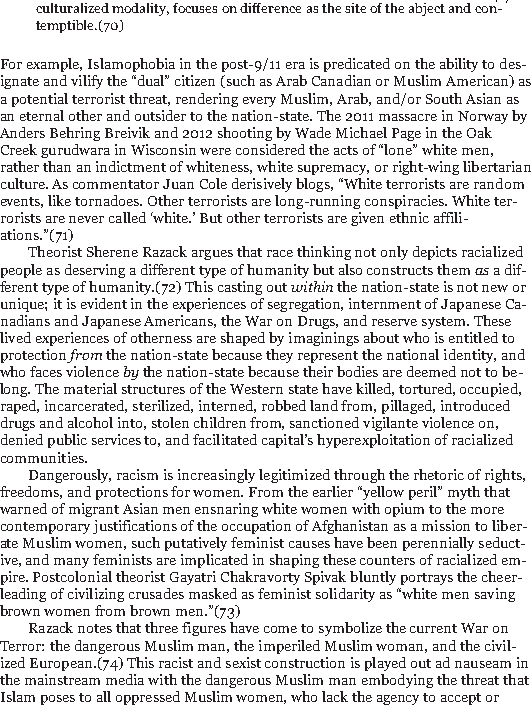
42/186
 culturalized modality, focuses on difference as the site of the abject and con-
 temptible.(70)
 For example, Islamophobia in the post-9/11 era is predicated on the ability to des-
 ignate and vilify the “dual” citizen (such as Arab Canadian or Muslim American) as
 a potential terrorist threat, rendering every Muslim, Arab, and/or South Asian as
 an eternal other and outsider to the nation-state. The 2011 massacre in Norway by
 Anders Behring Breivik and 2012 shooting by Wade Michael Page in the Oak
 Creek gurudwara in Wisconsin were considered the acts of “lone” white men,
 rather than an indictment of whiteness, white supremacy, or right-wing libertarian
 culture. As commentator Juan Cole derisively blogs, “White terrorists are random
 events, like tornadoes. Other terrorists are long-running conspiracies. White ter-
 rorists are never called ‘white.’ But other terrorists are given ethnic affili-
 ations.”(71)
 Theorist Sherene Razack argues that race thinking not only depicts racialized
 people as deserving a different type of humanity but also constructs themasa dif-
 ferent type of humanity.(72) This casting outwithinthe nation-state is not new or
 unique; it is evident in the experiences of segregation, internment of Japanese Ca-
 nadians and Japanese Americans, the War on Drugs, and reserve system. These
 lived experiences of otherness are shaped by imaginings about who is entitled to
 protectionfromthe nation-state because they represent the national identity, and
 who faces violencebythe nation-state because their bodies are deemed not to be-
 long. The material structures of the Western state have killed, tortured, occupied,
 raped, incarcerated, sterilized, interned, robbed land from, pillaged, introduced
 drugs and alcohol into, stolen children from, sanctioned vigilante violence on,
 denied public services to, and facilitated capital’s hyperexploitation of racialized
 communities.
 Dangerously, racism is increasingly legitimized through the rhetoric of rights,
 freedoms, and protections for women. From the earlier “yellow peril” myth that
 warned of migrant Asian men ensnaring white women with opium to the more
 contemporary justifications of the occupation of Afghanistan as a mission to liber-
 ate Muslim women, such putatively feminist causes have been perennially seduct-
 ive, and many feminists are implicated in shaping these counters of racialized em-
 pire. Postcolonial theorist Gayatri Chakravorty Spivak bluntly portrays the cheer-
 leading of civilizing crusades masked as feminist solidarity as “white men saving
 brown women from brown men.”(73)
 Razack notes that three figures have come to symbolize the current War on
 Terror: the dangerous Muslim man, the imperiled Muslim woman, and the civil-
 ized European.(74) This racist and sexist construction is played out ad nauseam in
 the mainstream media with the dangerous Muslim man embodying the threat that
 Islam poses to all oppressed Muslim women, who lack the agency to accept or